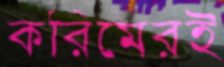
করিমেরই